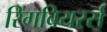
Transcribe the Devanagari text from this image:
रिंगबियरर्स